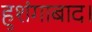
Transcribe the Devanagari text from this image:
हुशंगाबाद।